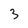
Character: 3